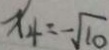
x _ { 4 } = - \sqrt { 1 0 }